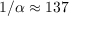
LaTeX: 1 / \alpha \approx 1 3 7